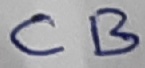
Text: CB